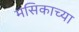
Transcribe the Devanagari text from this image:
मसिकाच्या